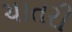
ચાતરી